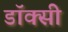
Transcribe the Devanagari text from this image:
डॉक्सी